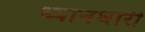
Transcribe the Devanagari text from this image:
ध्यानधारी